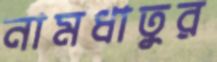
নামধাতুর